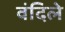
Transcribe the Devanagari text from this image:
वंदिले